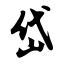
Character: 岱